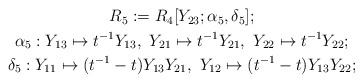
\begin{align*}\begin{gathered}R_5:=R_4[Y_{23};\alpha_5,\delta_5];\\\alpha_5: Y_{13} \mapsto t^{-1}Y_{13}, \ Y_{21} \mapsto t^{-1}Y_{21},\ Y_{22} \mapsto t^{-1}Y_{22}; \\\delta_5: Y_{11} \mapsto (t^{-1}-t)Y_{13}Y_{21}, \ Y_{12} \mapsto (t^{-1}-t)Y_{13}Y_{22};\end{gathered}\end{align*}